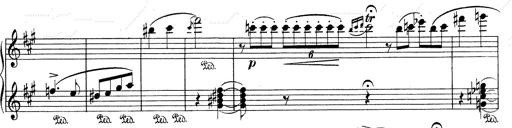
Title: Mephisto Waltz No.1
Composer: Franz Liszt